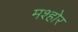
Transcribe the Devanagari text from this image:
मश्होर